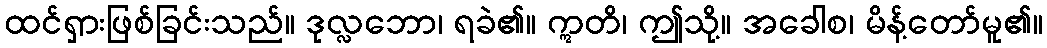
ထင်ရှားဖြစ်ခြင်းသည်။ ဒုလ္လဘော၊ ရခဲ၏။ ဣတိ၊ ဤသို့။ အခေါစ၊ မိန့်တော်မူ၏။